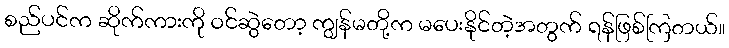
စည်ပင်က ဆိုက်ကားကို ဝင်ဆွဲတော့ ကျွန်မတို့က မပေးနိုင်တဲ့အတွက် ရန်ဖြစ်ကြတယ်။